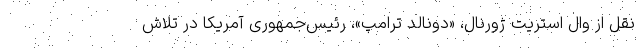
نقل از وال استریت ژورنال، «دونالد ترامپ»، رئیس‌جمهوری آمریکا در تلاش